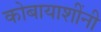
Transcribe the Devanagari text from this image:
कोबायाशींनी